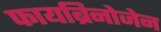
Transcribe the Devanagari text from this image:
फायब्रिनोजेन